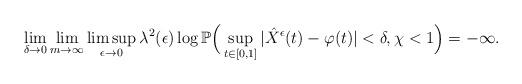
LaTeX: \begin{align*}\lim_{\delta\to0}\lim_{m\to\infty}\limsup_{\epsilon\to0}\lambda^2(\epsilon)\log\mathbb P\Big(\sup_{t\in[0,1]}|\hat{X}^{\epsilon}(t)-\varphi(t)|<\delta, \chi<1\Big)=-\infty.\end{align*}